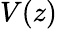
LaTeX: V(z)